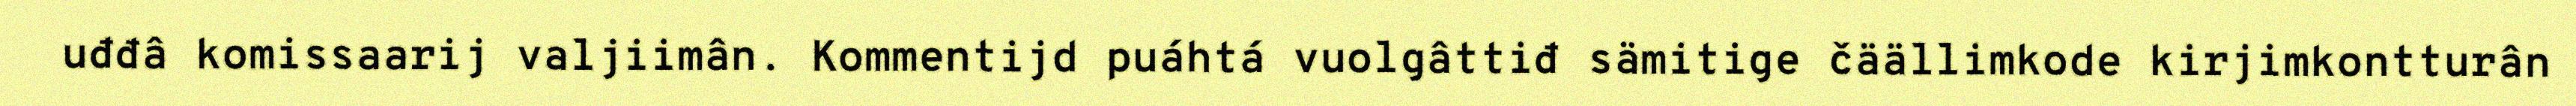
uđđâ komissaarij valjiimân. Kommentijd puáhtá vuolgâttiđ sämitige čäällimkode kirjimkontturân